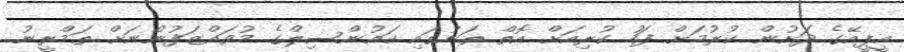
އީޕީއޭގެ ދަށުން ކުރުމަށް ފަހު ކުރިއަށް އޮތް ތަނުގައި ކައުންސިލްގެ މުވައްޒަފުންނަށް ތަމްރީނު